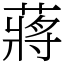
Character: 蔣